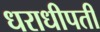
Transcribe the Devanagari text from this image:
धराधीपती